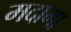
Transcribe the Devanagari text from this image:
मदामा